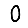
Digit: 0